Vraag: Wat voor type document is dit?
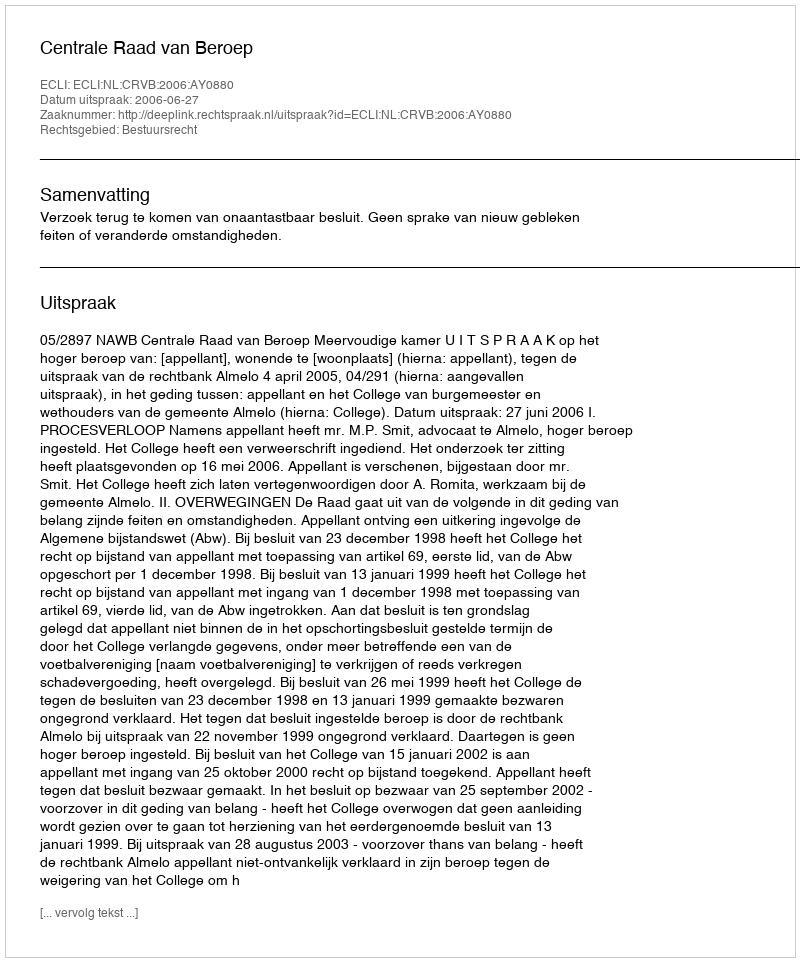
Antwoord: Uitspraak